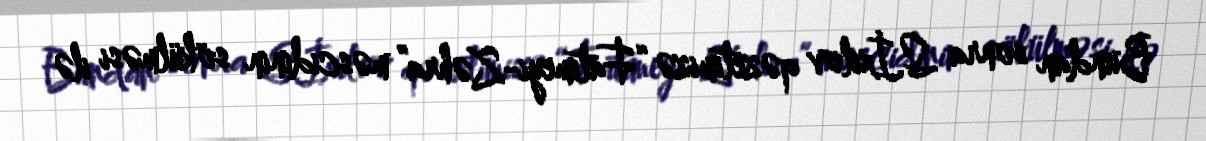
Bundan sonra S.İxilov qəzetimizə “Fatimeyi-Zəhra” məscidinin sökülməsi ilə